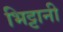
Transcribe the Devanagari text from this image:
भिट्टानी